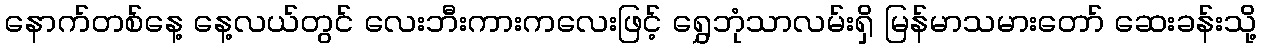
နောက်တစ်နေ့ နေ့လယ်တွင် လေးဘီးကားကလေးဖြင့် ရွှေဘုံသာလမ်းရှိ မြန်မာသမားတော် ဆေးခန်းသို့